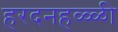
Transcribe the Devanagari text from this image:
हरदनहळ्ळी